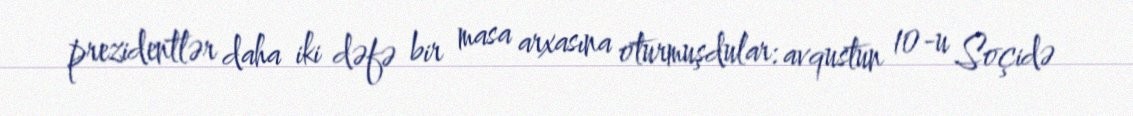
prezidentlər daha iki dəfə bir masa arxasına oturmuşdular: avqustun 10-u Soçidə